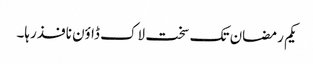
یکم رمضان تک سخت لاک ڈاؤن نافذ رہا۔